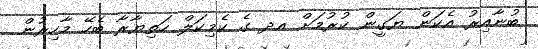
ބުނާއިރު އެކަން ޔަގީން ކުރުމަށް އދ ގެ ކެމިކަލް ހަތިޔާރާ ބެހޭ މާހިރުން